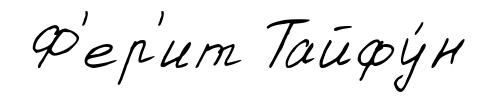
Ф'ер'ит Тайфу́н